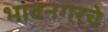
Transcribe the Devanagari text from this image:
भावनगरचे